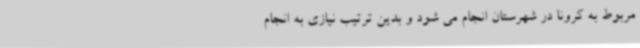
مربوط به کرونا در شهرستان انجام می شود و بدین ترتیب نیازی به انجام